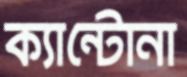
ক্যান্টোনা